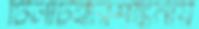
টিলাটক্করশঙ্কনীয়